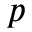
p